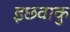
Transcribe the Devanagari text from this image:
इछवाकु